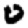
Digit: 0